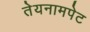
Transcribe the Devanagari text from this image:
तेयनामपेट